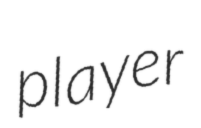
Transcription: player